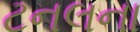
ટનલના